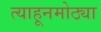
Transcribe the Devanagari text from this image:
त्याहूनमोठ्या